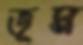
ভূম